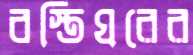
বস্তিঘরের